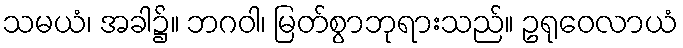
သမယံ၊ အခါ၌။ ဘဂဝါ၊ မြတ်စွာဘုရားသည်။ ဥရုဝေလာယံ